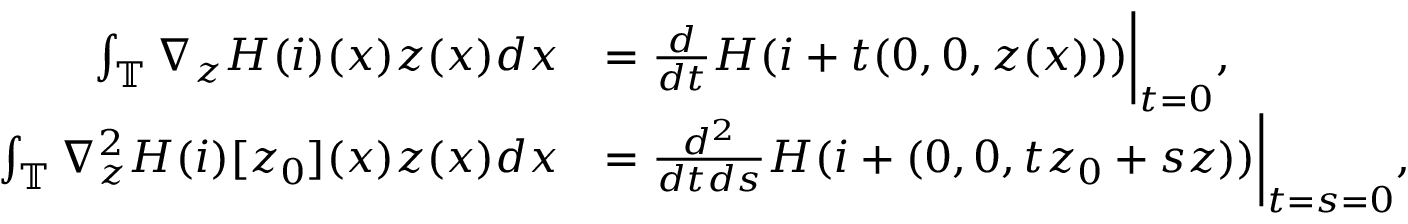
\begin{array} { r l } { \int _ { \mathbb { T } } \nabla _ { z } H ( i ) ( x ) z ( x ) d x } & { = \frac { d } { d t } H ( i + t ( 0 , 0 , z ( x ) ) ) \bigg | _ { t = 0 } , } \\ { \int _ { \mathbb { T } } \nabla _ { z } ^ { 2 } H ( i ) [ z _ { 0 } ] ( x ) z ( x ) d x } & { = \frac { d ^ { 2 } } { d t d s } H ( i + ( 0 , 0 , t z _ { 0 } + s z ) ) \bigg | _ { t = s = 0 } , } \end{array}